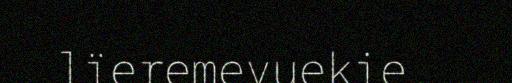
lïeremevuekie.